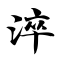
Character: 淬